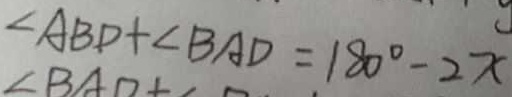
\angle A B D + \angle B A D = 1 8 0 ^ { \circ } - 2 x